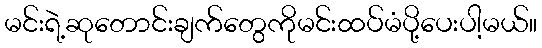
မင်းရဲ့ဆုတောင်းချက်တွေကိုမင်းထပ်မံပို့ပေးပါ့မယ်။